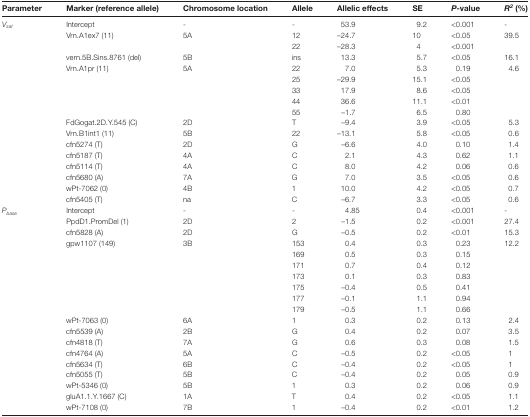
<table><thead><tr><td><b>Parameter</b></td><td><b>Marker (reference allele)</b></td><td><b>Chromosome location</b></td><td><b>Allele</b></td><td><b>Allelic effects</b></td><td><b>SE</b></td><td><b><i>P</i>-value</b></td><td><b><i>R</i><sup><i>2</i></sup> (%)</b></td></tr></thead><tbody><tr><td><i>V</i><sub><i>sat</i></sub></td><td>Intercept</td><td>-</td><td>-</td><td>53.9</td><td>9.2</td><td>&lt;0.001</td><td>-</td></tr><tr><td></td><td>Vrn.A1ex7 (11)</td><td>5A</td><td>12</td><td>–24.7</td><td>10</td><td>&lt;0.05</td><td>39.5</td></tr><tr><td></td><td></td><td></td><td>22</td><td>–28.3</td><td>4</td><td>&lt;0.001</td><td></td></tr><tr><td></td><td>vern.5B.Sins.8761 (del)</td><td>5B</td><td>ins</td><td>13.3</td><td>5.7</td><td>&lt;0.05</td><td>16.1</td></tr><tr><td></td><td>Vrn.A1pr (11)</td><td>5A</td><td>22</td><td>7.0</td><td>5.3</td><td>0.19</td><td>4.6</td></tr><tr><td></td><td></td><td></td><td>25</td><td>–29.9</td><td>15.1</td><td>&lt;0.05</td><td></td></tr><tr><td></td><td></td><td></td><td>33</td><td>17.9</td><td>8.6</td><td>&lt;0.05</td><td></td></tr><tr><td></td><td></td><td></td><td>44</td><td>36.6</td><td>11.1</td><td>&lt;0.01</td><td></td></tr><tr><td></td><td></td><td></td><td>55</td><td>–1.7</td><td>6.5</td><td>0.80</td><td></td></tr><tr><td></td><td>FdGogat.2D.Y.545 (C)</td><td>2D</td><td>T</td><td>–9.4</td><td>3.9</td><td>&lt;0.05</td><td>5.3</td></tr><tr><td></td><td>Vrn.B1int1 (11)</td><td>5B</td><td>22</td><td>–13.1</td><td>5.8</td><td>&lt;0.05</td><td>0.6</td></tr><tr><td></td><td>cfn5274 (T)</td><td>2D</td><td>G</td><td>–6.6</td><td>4.0</td><td>0.10</td><td>1.4</td></tr><tr><td></td><td>cfn5187 (T)</td><td>4A</td><td>C</td><td>2.1</td><td>4.3</td><td>0.62</td><td>1.1</td></tr><tr><td></td><td>cfn5114 (T)</td><td>4A</td><td>C</td><td>8.0</td><td>4.2</td><td>0.06</td><td>0.6</td></tr><tr><td></td><td>cfn5680 (A)</td><td>7A</td><td>G</td><td>7.0</td><td>3.5</td><td>&lt;0.05</td><td>0.6</td></tr><tr><td></td><td>wPt-7062 (0)</td><td>4B</td><td>1</td><td>10.0</td><td>4.2</td><td>&lt;0.05</td><td>0.7</td></tr><tr><td></td><td>cfn5405 (T)</td><td>na</td><td>C</td><td>–6.7</td><td>3.3</td><td>&lt;0.05</td><td>0.6</td></tr><tr><td><i>P</i><sub><i>base</i></sub></td><td>Intercept</td><td>-</td><td>-</td><td>4.85</td><td>0.4</td><td>&lt;0.001</td><td>-</td></tr><tr><td></td><td>PpdD1.PromDel (1)</td><td>2D</td><td>2</td><td>–1.5</td><td>0.2</td><td>&lt;0.001</td><td>27.4</td></tr><tr><td></td><td>cfn5828 (A)</td><td>2D</td><td>G</td><td>–0.5</td><td>0.2</td><td>&lt;0.01</td><td>15.3</td></tr><tr><td></td><td>gpw1107 (149)</td><td>3B</td><td>153</td><td>0.4</td><td>0.3</td><td>0.23</td><td>12.2</td></tr><tr><td></td><td></td><td></td><td>169</td><td>0.5</td><td>0.3</td><td>0.15</td><td></td></tr><tr><td></td><td></td><td></td><td>171</td><td>0.7</td><td>0.4</td><td>0.12</td><td></td></tr><tr><td></td><td></td><td></td><td>173</td><td>0.1</td><td>0.3</td><td>0.83</td><td></td></tr><tr><td></td><td></td><td></td><td>175</td><td>–0.4</td><td>0.5</td><td>0.41</td><td></td></tr><tr><td></td><td></td><td></td><td>177</td><td>–0.1</td><td>1.1</td><td>0.94</td><td></td></tr><tr><td></td><td></td><td></td><td>179</td><td>–0.5</td><td>1.1</td><td>0.66</td><td></td></tr><tr><td></td><td>wPt-7063 (0)</td><td>6A</td><td>1</td><td>0.3</td><td>0.2</td><td>0.13</td><td>2.4</td></tr><tr><td></td><td>cfn5539 (A)</td><td>2B</td><td>G</td><td>0.4</td><td>0.2</td><td>0.07</td><td>3.5</td></tr><tr><td></td><td>cfn4818 (T)</td><td>7A</td><td>G</td><td>0.6</td><td>0.3</td><td>0.08</td><td>1.5</td></tr><tr><td></td><td>cfn4764 (A)</td><td>5A</td><td>C</td><td>–0.5</td><td>0.2</td><td>&lt;0.05</td><td>1</td></tr><tr><td></td><td>cfn5634 (T)</td><td>6B</td><td>C</td><td>–0.4</td><td>0.2</td><td>&lt;0.05</td><td>1</td></tr><tr><td></td><td>cfn5055 (T)</td><td>5B</td><td>C</td><td>–0.4</td><td>0.2</td><td>0.05</td><td>0.9</td></tr><tr><td></td><td>wPt-5346 (0)</td><td>5B</td><td>1</td><td>0.3</td><td>0.2</td><td>0.06</td><td>0.9</td></tr><tr><td></td><td>gluA1.1.Y.1667 (C)</td><td>1A</td><td>T</td><td>0.4</td><td>0.2</td><td>&lt;0.05</td><td>1.1</td></tr><tr><td></td><td>wPt-7108 (0)</td><td>7B</td><td>1</td><td>–0.4</td><td>0.2</td><td>&lt;0.01</td><td>1.2</td></tr></tbody></table>